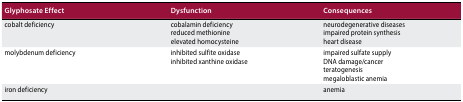
| Glyphosate Effect | Dysfunction | Consequences |
 | --- | --- | --- |
 | cobalt deficiency | cobalamin deficiency reduced methionine elevated homocysteine | neurodegenerative diseases impaired protein synthesis heart disease |
 | molybdenum deficiency | inhibited sulfite oxidase inhibited xanthine oxidase | impaired sulfate supply DNA damage/cancer teratogenesis megaloblastic anemia |
 | iron deficiency |  | anemia |